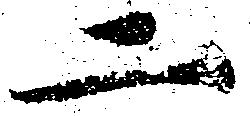
二